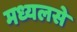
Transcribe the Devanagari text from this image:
मध्यलसे